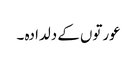
عورتوں کے دلدادہ ۔